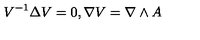
V ^ { - 1 } \Delta V = 0 , \nabla V = \nabla \wedge A